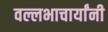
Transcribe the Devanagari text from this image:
वल्लभाचार्यांनी